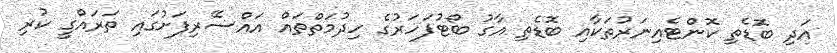
އަދި ބޮޑެތި ކޮންޓެއިނަރުތަކާއި ބޮޑެތި އާގު ބޯޓުފަހަރުގެ ހިދުމަތްތައް އައްސޭރިފަށުގައި ތަރައްގީ ކުރި